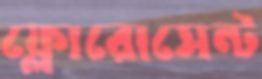
ফ্লোরোসেন্ট